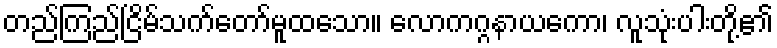
တည်ကြည်ငြိမ်သက်တော်မူထသော။ လောကဂ္ဂနာယကော၊ လူသုံးပါးတို့၏